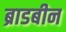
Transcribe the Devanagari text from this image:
ब्राडबीन